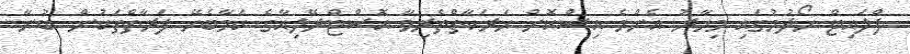
ފްލައިޓް ހޯދުމުގައި މިހާރު އެންމެ އިސްކޮށް ހަރަކާތްތެރިވާ އޮސްޓްރޭލިއާގެ ކަމާބެހޭ ފަރާތްތަކުން ބުނާ